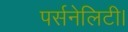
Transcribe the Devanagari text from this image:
पर्सनेलिटी।